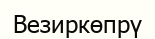
Везиркөпрү